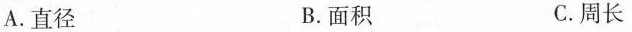
A.直径 B.面积 C.周长